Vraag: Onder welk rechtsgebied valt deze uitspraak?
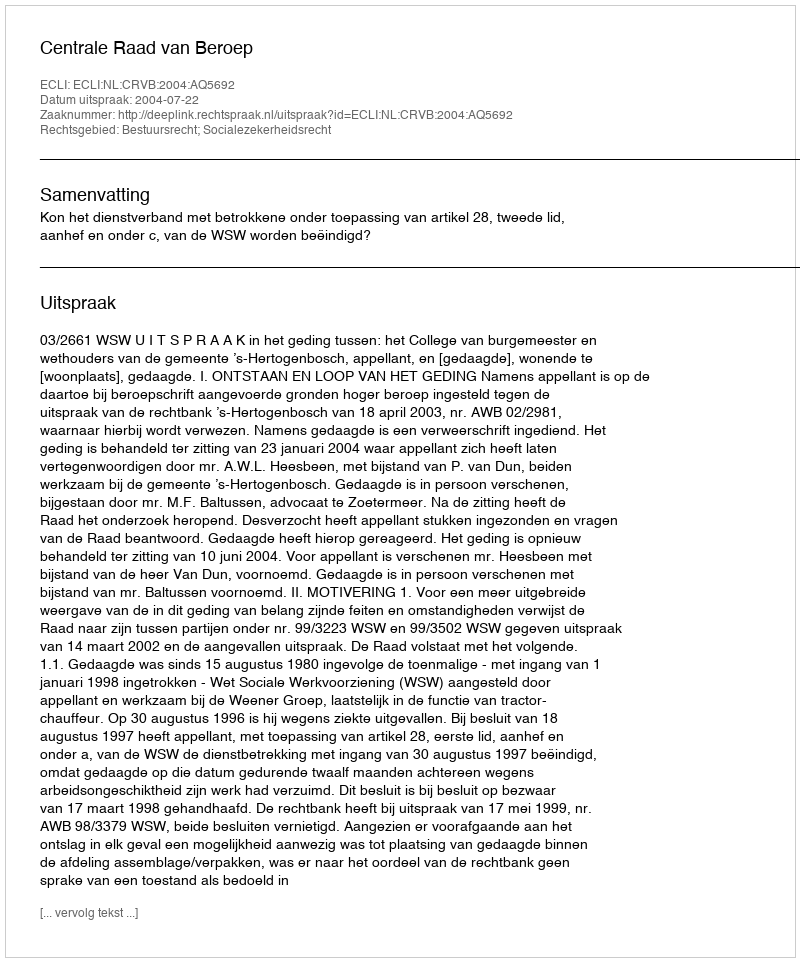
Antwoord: Bestuursrecht; Socialezekerheidsrecht